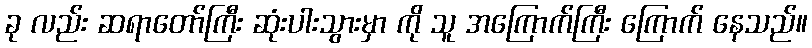
ခု လည်း ဆရာတော်ကြီး ဆုံးပါးသွားမှာ ကို သူ အကြောက်ကြီး ကြောက် နေသည်။